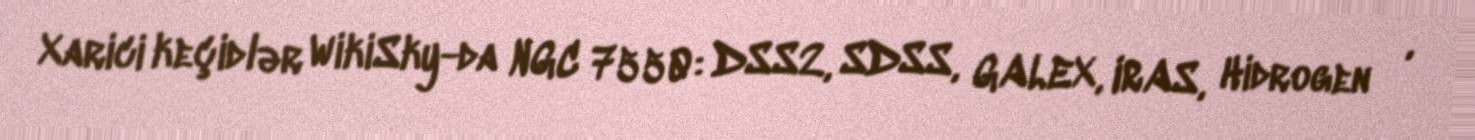
Xarici keçidlər WikiSky-da NGC 7550: DSS2, SDSS, GALEX, IRAS, Hidrogen α,